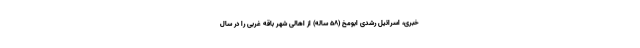
خبری، اسرائیل رشدی ابومخ (۵۸ ساله) از اهالی شهر باقه غربی را در سال